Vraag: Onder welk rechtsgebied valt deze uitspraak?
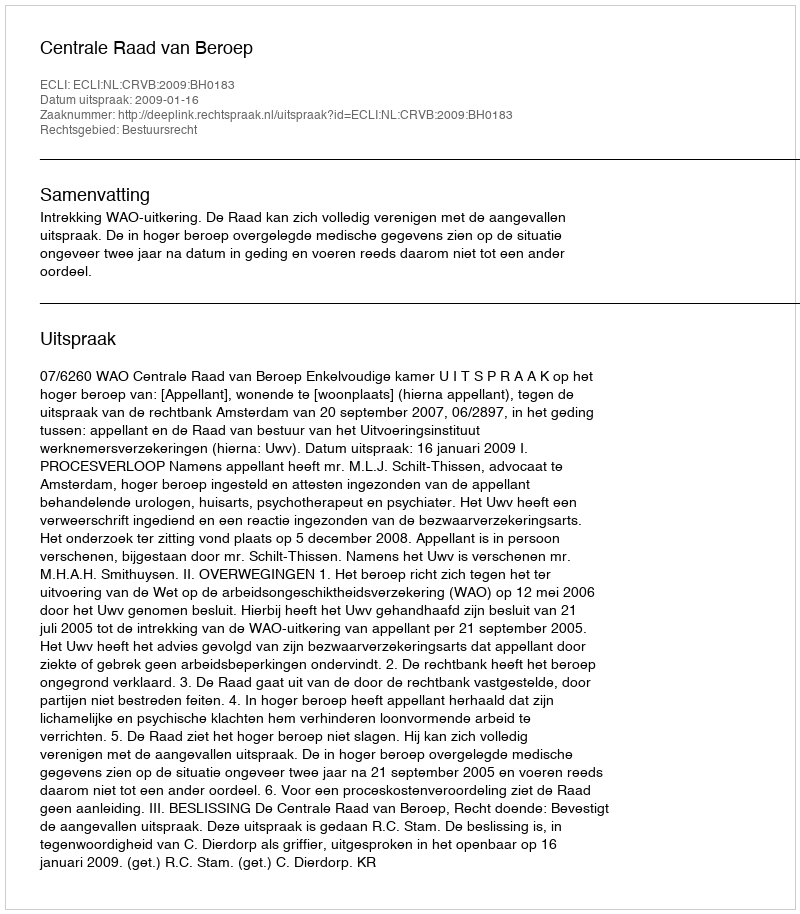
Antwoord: Bestuursrecht